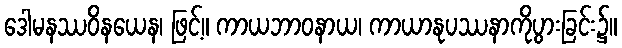
ဒေါမနဿဝိနယေန၊ ဖြင့်။ ကာယဘာဝနာယ၊ ကာယာနုပဿနာကိုပွားခြင်း၌။